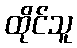
ထိုင်သူ